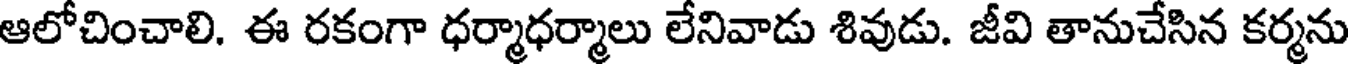
ఆలోచించాలి. ఈ రకంగా ధర్మాధర్మాలు లేనివాడు శివుడు. జీవి తానుచేసిన కర్మను